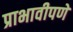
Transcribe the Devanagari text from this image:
प्राभावीपणे